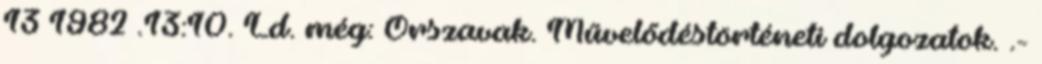
13 1982 .13:10. Ld. még: Őrszavak. Művelődéstörténeti dolgozatok. .-